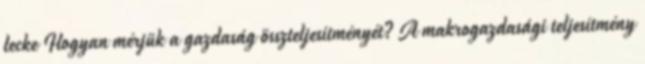
lecke Hogyan mérjük a gazdaság összteljesítményét? A makrogazdasági teljesítmény